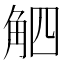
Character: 𧣛